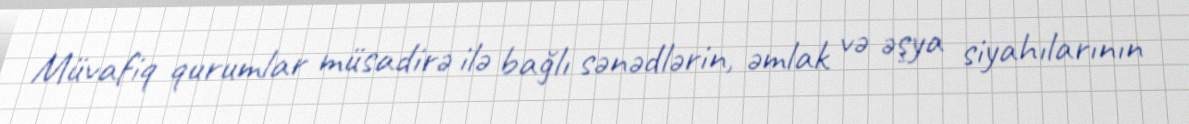
Müvafiq qurumlar müsadirə ilə bağlı sənədlərin, əmlak və əşya siyahılarının